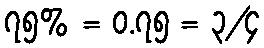
၇၅% = ၀.၇၅ = ၃/၄